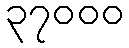
၃၇၀၀၀